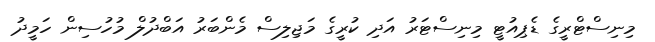
މިނިސްޓްރީގެ ޑެޕިއުޓީ މިނިސްޓަރު އަދި ކުރީގެ މަޖިލިސް މެންބަރު އަބްދުލް މުހުސިން ހަމީދު